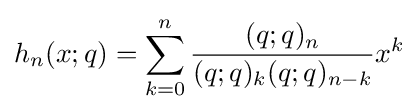
h_{n}(x;q)=\sum _{k=0}^{n}{\frac {(q;q)_{n}}{(q;q)_{k}(q;q)_{n-k}}}x^{k}